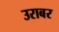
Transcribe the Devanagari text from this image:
उराबर